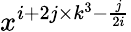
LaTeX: x^{i+2j\times k^{3}-\frac{j}{2i}}